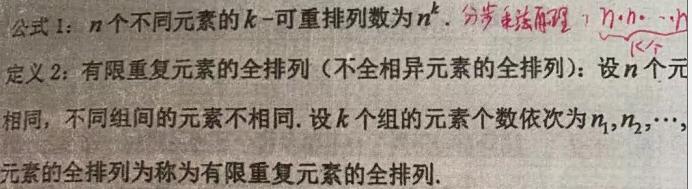
公式 1：$n$个不同元素的$k-$可重排列数为$n^k$. 分步乘法原理：$\underbrace{n\cdot n\cdot \cdots \cdot n}_{k个}$
定义 2：有限重复元素的全排列（不全相异元素的全排列）：设$n$个元相同，不同组间的元素不相同. 设$k$个组的元素个数依次为$n_1,n_2,\cdots,$元素的全排列为称为有限重复元素的全排列.